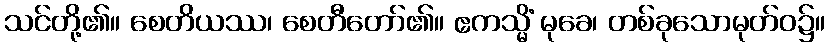
သင်တို့၏။ စေတိယဿ၊ စေတီတော်၏။ ဧကသ္မိံ မုခေ၊ တစ်ခုသောမုတ်ဝ၌။